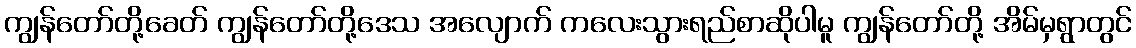
ကျွန်တော်တို့ခေတ် ကျွန်တော်တို့ဒေသ အလျောက် ကလေးသွားရည်စာဆိုပါမူ ကျွန်တော်တို့ အိမ်မှရွာတွင်